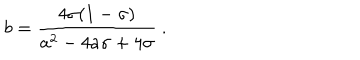
{ { b } } = { \frac { 4 \sigma ( 1 - \sigma ) } { { { a } } ^ { 2 } - 4 { { a } } \sigma + 4 \sigma } } \ .